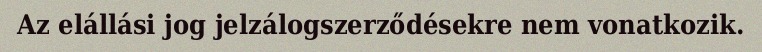
Az elállási jog jelzálogszerződésekre nem vonatkozik.